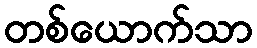
တစ်ယောက်သာ